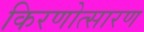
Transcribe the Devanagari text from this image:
किरणोत्सारण